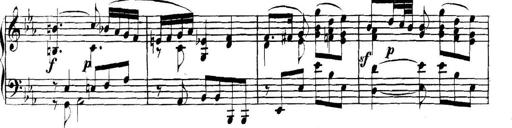
Title: Collected Piano Sonatas
Composer: Muzio Clementi